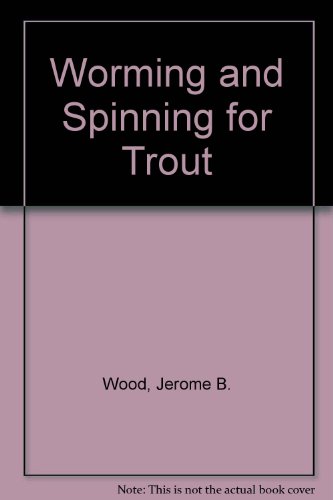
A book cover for Worming and spinning for trout; Jerome B Wood; Crafts, Hobbies & Home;